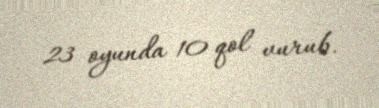
23 oyunda 10 qol vurub.